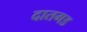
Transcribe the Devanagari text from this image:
दातगड